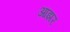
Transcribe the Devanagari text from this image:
आझर